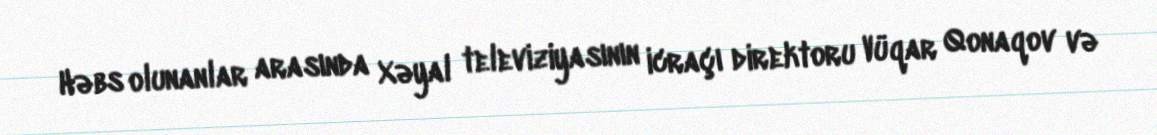
Həbs olunanlar arasında Xəyal televiziyasının icraçı direktoru Vüqar Qonaqov və